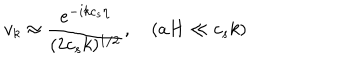
v _ { k } \approx { \frac { e ^ { - i k c _ { s } \eta } } { ( 2 c _ { s } k ) ^ { 1 / 2 } } } , \quad ( a H \ll c _ { s } k )